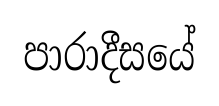
පාරාදීසයේ